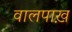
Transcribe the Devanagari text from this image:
वालपाख़